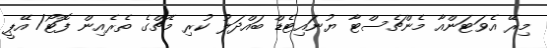
މިރޭ އެވަޓަންއާ މެންޗެސްޓާ ޔުނައިޓެޑް ބައްދަލު ކުރި މެޗްގެ ތެރެއިން ފޮޓޯ/ އޭޕީ